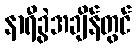
နာရီခွဲအချိန်တွင်